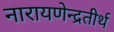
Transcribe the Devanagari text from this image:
नारायणेन्द्रतीर्थ